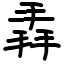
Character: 掱